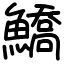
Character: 鱎